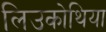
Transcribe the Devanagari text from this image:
लिउकोथिया